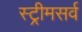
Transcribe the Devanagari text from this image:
स्ट्रीमसर्व